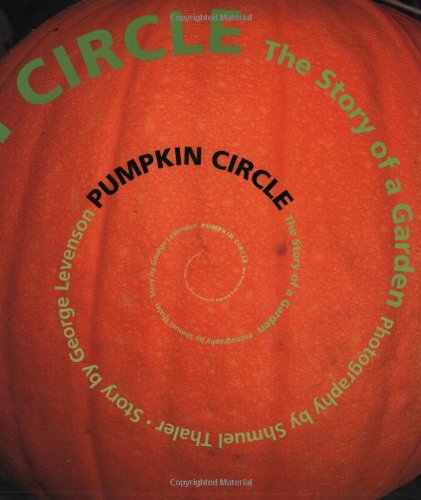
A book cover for Pumpkin Circle: The Story of a Garden; George Levenson; Children's Books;